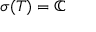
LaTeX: \sigma ( T ) = \mathbb { C }